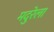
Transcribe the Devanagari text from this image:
मदुरेला